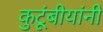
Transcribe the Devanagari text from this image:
कुटूंबीयांनी